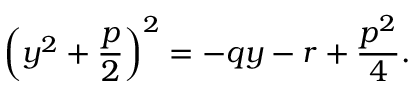
\left( y ^ { 2 } + { \frac { p } { 2 } } \right) ^ { 2 } = - q y - r + { \frac { p ^ { 2 } } { 4 } } .